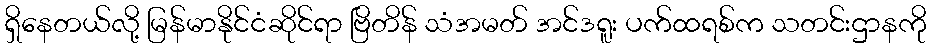
ရှိနေတယ်လို့ မြန်မာနိုင်ငံဆိုင်ရာ ဗြိတိန် သံအမတ် အင်ဒရူး ပက်ထရစ်က သတင်းဌာနကို